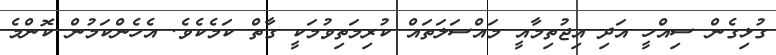
ގުޅިގެން ސިއްހީ އަދި އިޖުތިމާއީ މައްސަލަތައް ކުރިމަތިވުމަކީ ގާތް ކަމެކެވެ. އެހެންކަމުން ކޮންމެ